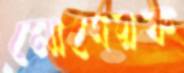
মোদেরক